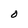
Character: O